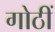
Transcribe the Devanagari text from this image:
गोठीं